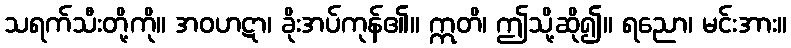
သရက်သီးတို့ကို။ အဝဟဋာ၊ ခိုးအပ်ကုန်၏။ ဣတိ၊ ဤသို့ဆို၍။ ရညော၊ မင်းအား။